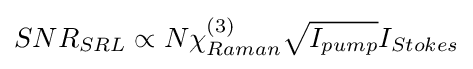
SNR_{SRL}\propto N\chi _{Raman}^{(3)}{\sqrt {I_{pump}}}I_{Stokes}